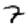
Digit: 7